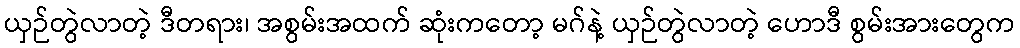
ယှဉ်တွဲလာတဲ့ ဒီတရား၊ အစွမ်းအထက် ဆုံးကတော့ မဂ်နဲ့ ယှဉ်တွဲလာတဲ့ ဟောဒီ စွမ်းအားတွေက